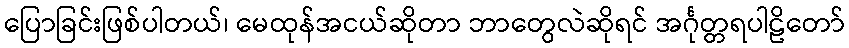
ပြောခြင်းဖြစ်ပါတယ်၊ မေထုန်အငယ်ဆိုတာ ဘာတွေလဲဆိုရင် အင်္ဂုတ္တရပါဠိတော်